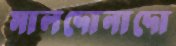
মালদোনাদো